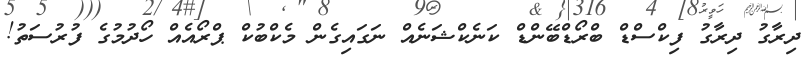
ދިރާގު ދިރާގު ފިކްސްޑް ބްރޯޑްބޭންޑް ކަނެކްޝަނެއް ނަގައިގެން މެކްބުކް ޕްރޯއެއް ހޯދުމުގެ ފުރުސަތު!